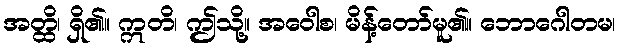
အတ္ထိ၊ ရှိ၏။ ဣတိ၊ ဤသို့။ အဝေါစ၊ မိန့်တော်မူ၏။ ဘောဂေါတမ၊